Vaccination in Bombay 1889-1901 - 1889-1901
Year: 1889
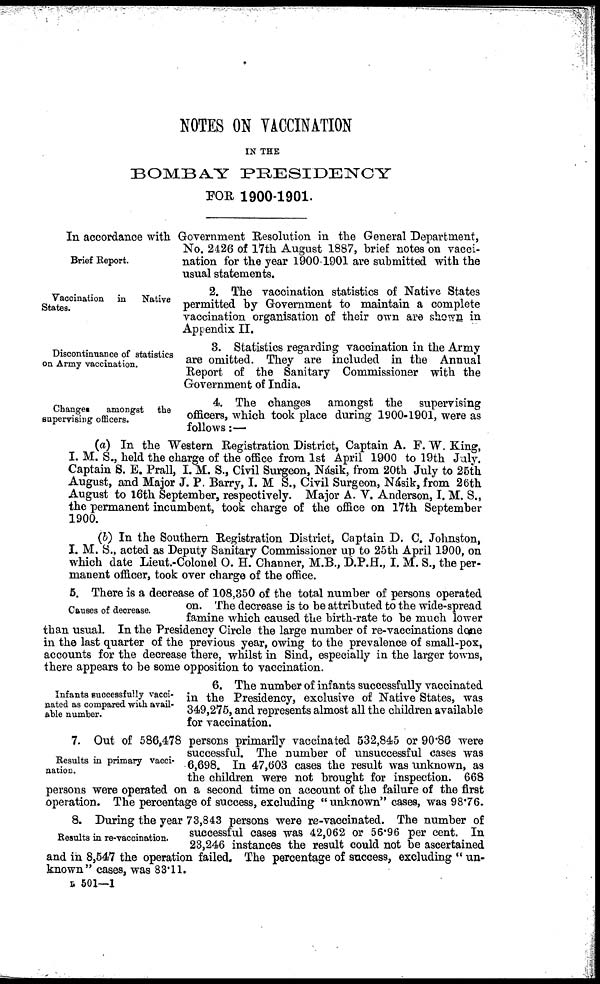
NOTES ON VACCINATION
IN THE
BOMBAY
PRESIDENCY
FOR 1900-1901.
Brief Report.
In accordance with Government Resolution in the General Department,
No. 2426 of 17th August 1887, brief notes on vacci-
nation for the year 1900-1901 are submitted with the
usual statements.
Vaccination in
Native
States.
2. The vaccination statistics of Native States
permitted by Government to maintain a complete
vaccination organisation of their own are shown in
Appendix II.
Discontinuance of statistics
on Army vaccination.
3. Statistics regarding vaccination in the Army
are omitted. They are included in the Annual
Report of the Sanitary Commissioner with the
Government of India.
Changes
amongst the
supervising officers.
4. The changes amongst the supervising
officers, which took place during 1900-1901, were as
follows:—
(a) In the Western Registration District, Captain A. F. W. King,
I. M. S., held the charge of the office from 1st April 1900 to 19th July.
Captain S. E. Prall, I. M. S., Civil Surgeon, Násik, from 20th July to 25th
August, and Major J. P. Barry, I. M S., Civil Surgeon, Násik, from 26th
August to 16th September, respectively. Major A. V. Anderson, I. M. S.,
the permanent incumbent, took charge of the office on 17th September
1900.
(b) In the Southern Registration District, Captain D. C. Johnston,
I. M. S., acted as Deputy Sanitary Commissioner up to 25th April 1900, on
which date Lieut.-Colonel O. H. Charnner, M.B., D.P.H., I. M. S., the per-
manent officer, took over charge of the office.
Causes of decrease.
5. There is a decrease of 108,350 of the total number of persons operated
on. The decrease is to be attributed to the wide-spread
famine which caused the birth-rate to be much lower
than usual. In the Presidency Circle the large number of re-vaccinations done
in the last quarter of the previous year, owing to the prevalence of small-pox,
accounts for the decrease there, whilst in Sind, especially in the larger towns,
there appears to be some opposition to vaccination.
Infants successfully vacci-
nated as compared with avail-
able number.
6. The number of infants successfully vaccinated
in the Presidency, exclusive of Native States, was
349,275, and represents almost all the children available
for vaccination.
Results in primary vacci-
nation.
7. Out of 586,478 persons primarily vaccinated 532,845 or 90.86 were
successful. The number of unsuccessful cases was
6,698. In 47,603 cases the result was unknown, as
the children were not brought for inspection. 668
persons were operated on a second time on account of the failure of the first
operation. The percentage of success, excluding " unknown" cases, was 98.76.
Results in re-vaccination.
8. During the year 73,843 persons were re-vaccinated. The number of
successful cases was 42,062 or 56.96 per cent. In
23,246 instances the result could not be ascertained
and in 8,547 the operation failed. The percentage of success, excluding " un-
known" cases, was 83.11.
B 501—1